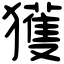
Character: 獲